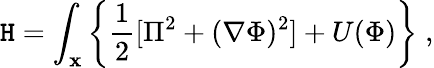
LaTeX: \mathtt{H}=\int_{\mathbf{x}}\left\{ \frac{{1}}{{2}}[\Pi^{2}+({\mathbf{\nabla}}\Phi)^{2}]+U(\Phi)\right\} \; ,